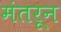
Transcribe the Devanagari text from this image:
मंतरून